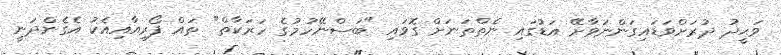
ވަޙީދު ދުރަށްވަޑައިގަންނަވާށޭ އަޑުގައި ނެތްތަނަށް ގޮވައި "ބަސްނޭހުމުގެ ހަރަކާތް" ތައް ފޯރިއާއިއެކު އެގެންދަނީ